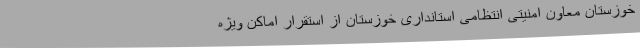
خوزستان معاون امنیتی انتظامی استانداری خوزستان از استقرار اماکن ویژه